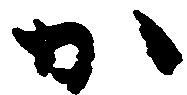
か